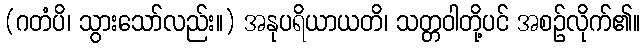
(ဂတံပိ၊ သွားသော်လည်း။) အနုပရိယာယတိ၊ သတ္တဝါတို့ပင် အစဉ်လိုက်၏။